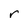
Character: r